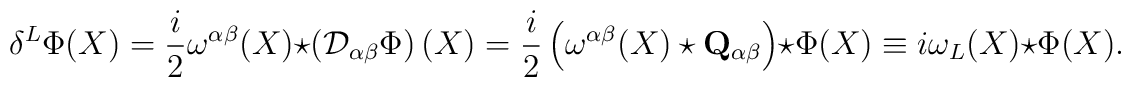
\delta ^{L}\Phi (X)=\frac{i}{2}\omega ^{\alpha \beta }(X)\star \left(\mathcal{D}_{\alpha \beta }\Phi \right) (X)=\frac{i}{2}\left( \omega^{\alpha \beta }(X)\star \mathbf{Q}_{\alpha \beta }\right) \star \Phi(X)\equiv i\omega _{L}(X)\star \Phi (X).